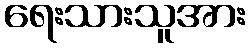
ရေးသားသူအား